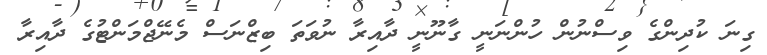
ގިނަ ކުދިންގެ ވިސްނުން ހުންނަނީ ގާނޫނީ ދާއިރާ ނުވަތަ ބިޒްނަސް މެނޭޖްމަންޓުގެ ދާއިރާ